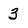
Character: 3